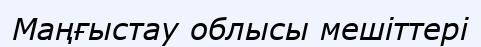
Маңғыстау облысы мешіттері